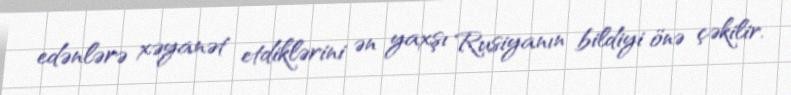
edənlərə xəyanət etdiklərini ən yaxşı Rusiyanın bildiyi önə çəkilir.